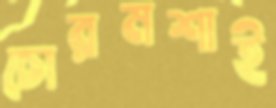
চোরমশাই